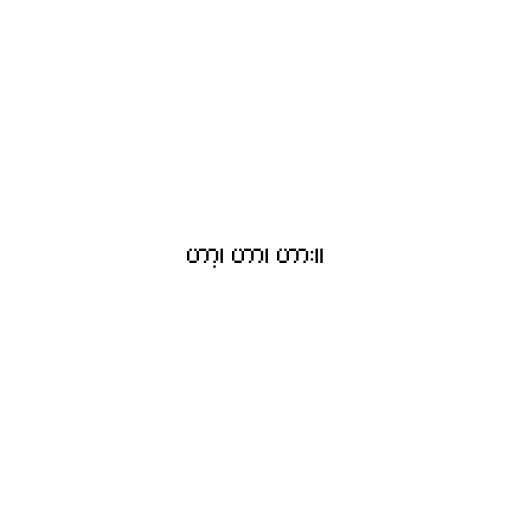
ဟာ့၊ ဟာ၊ ဟား။